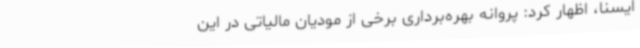
ایسنا، اظهار کرد: پروانه بهره‌برداری برخی از مودیان مالیاتی در این